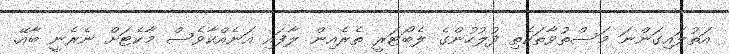
އަތުލައިގަންނަ މަސްތުވާތަކެތި ފުލުހުންގެ ލެބޯޓަރީ ތެރެއިން ލާފައި އަނެއްކާވެސް މާކެޓަށް ނެރެނީ ބާއޭ.